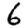
Digit: 6